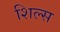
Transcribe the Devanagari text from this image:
शिल्स